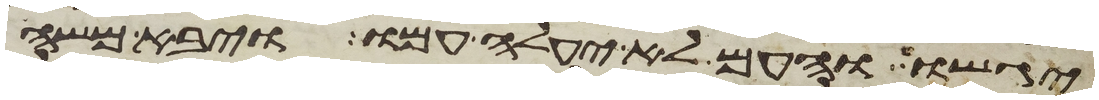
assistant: יגשו והעם לא יעלה עמו ויבא משה